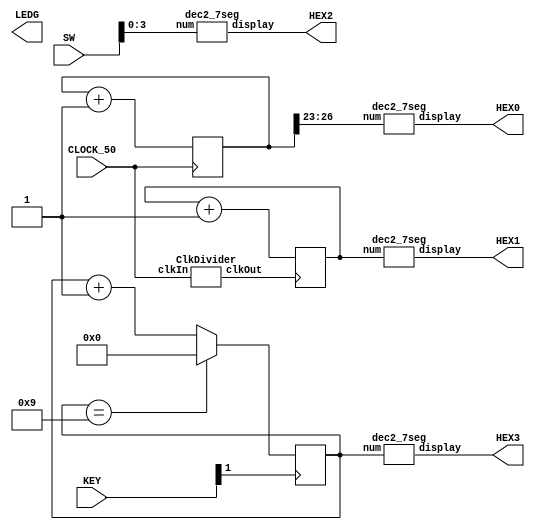
/* Copyright (C) 2014 Hadi Esmaeilzadeh */

module SevenSegDisplayExample
  (input CLOCK_50, 
   input [9:0] SW,	
   input [3:0] KEY, 
   output [6:0] HEX0,
   output [6:0] HEX1,
   output [6:0] HEX2,
   output [6:0] HEX3,
   output reg [7:0] LEDG
   );
	parameter n = 31;
	
	reg [n:0] counter = 0;
	wire [3:0] num = 0;
	
	// HEX0
	always @ (posedge CLOCK_50) begin
		counter <= counter + 1;
	end
	
	dec2_7seg u0 (counter[26:23], HEX0);
	
	ClkDivider clk1 (CLOCK_50, CLOCK);
	
	// HEX1
	reg[3:0] hand_counter;
	
	always @(posedge CLOCK) begin
		hand_counter <= hand_counter + 1;
	end

	dec2_7seg u2 (hand_counter, HEX1);
	
	reg[3:0] decimal_hand_counter;
	always @(posedge KEY[1]) begin
		decimal_hand_counter <= decimal_hand_counter + 1;
		
		if (decimal_hand_counter == 9)
		//if (decimal_hand_counter == 10)
			decimal_hand_counter <= 0;
	end
	
	// HEX2
	dec2_7seg u1 (SW[3:0], HEX2);
	
	// HEX3
	dec2_7seg u3 (decimal_hand_counter, HEX3);
	
endmodule

module ClkDivider(input clkIn, output clkOut);
	reg[31: 0] counter;
	
	reg clkReg;
	
	assign clkOut = clkReg;
	
	always @(posedge clkIn) begin
		counter <= counter + 1;
		
		if (counter == 25000000) begin
			clkReg <= ~clkReg;
			counter <= 0;
		end
	end
endmodule

module dec2_7seg(input [3:0] num, output [6:0] display);
   assign display = 
	num == 0 ? ~7'b0111111 :
	num == 1 ? ~7'b0000110 :
	num == 2 ? ~7'b1011011 :
	num == 3 ? ~7'b1001111 :
	num == 4 ? ~7'b1100110 :
	num == 5 ? ~7'b1101101 :
	num == 6 ? ~7'b1111101 :
	num == 7 ? ~7'b0000111 :
	num == 8 ? ~7'b1111111 :
	num == 9 ? ~7'b1100111 :
	7'bxxxxxxx;   // Output is a don't care if illegal input
endmodule // dec2_7seg